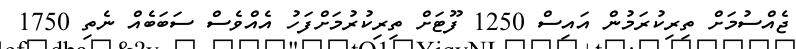
ޖެއްސުމަށް ތިރިކުރަމުން އައިސް 1250 ފޫޓަށް ތިރިކުރުމަށްފަހު އެއްވެސް ސަބަބެއް ނެތި 1750